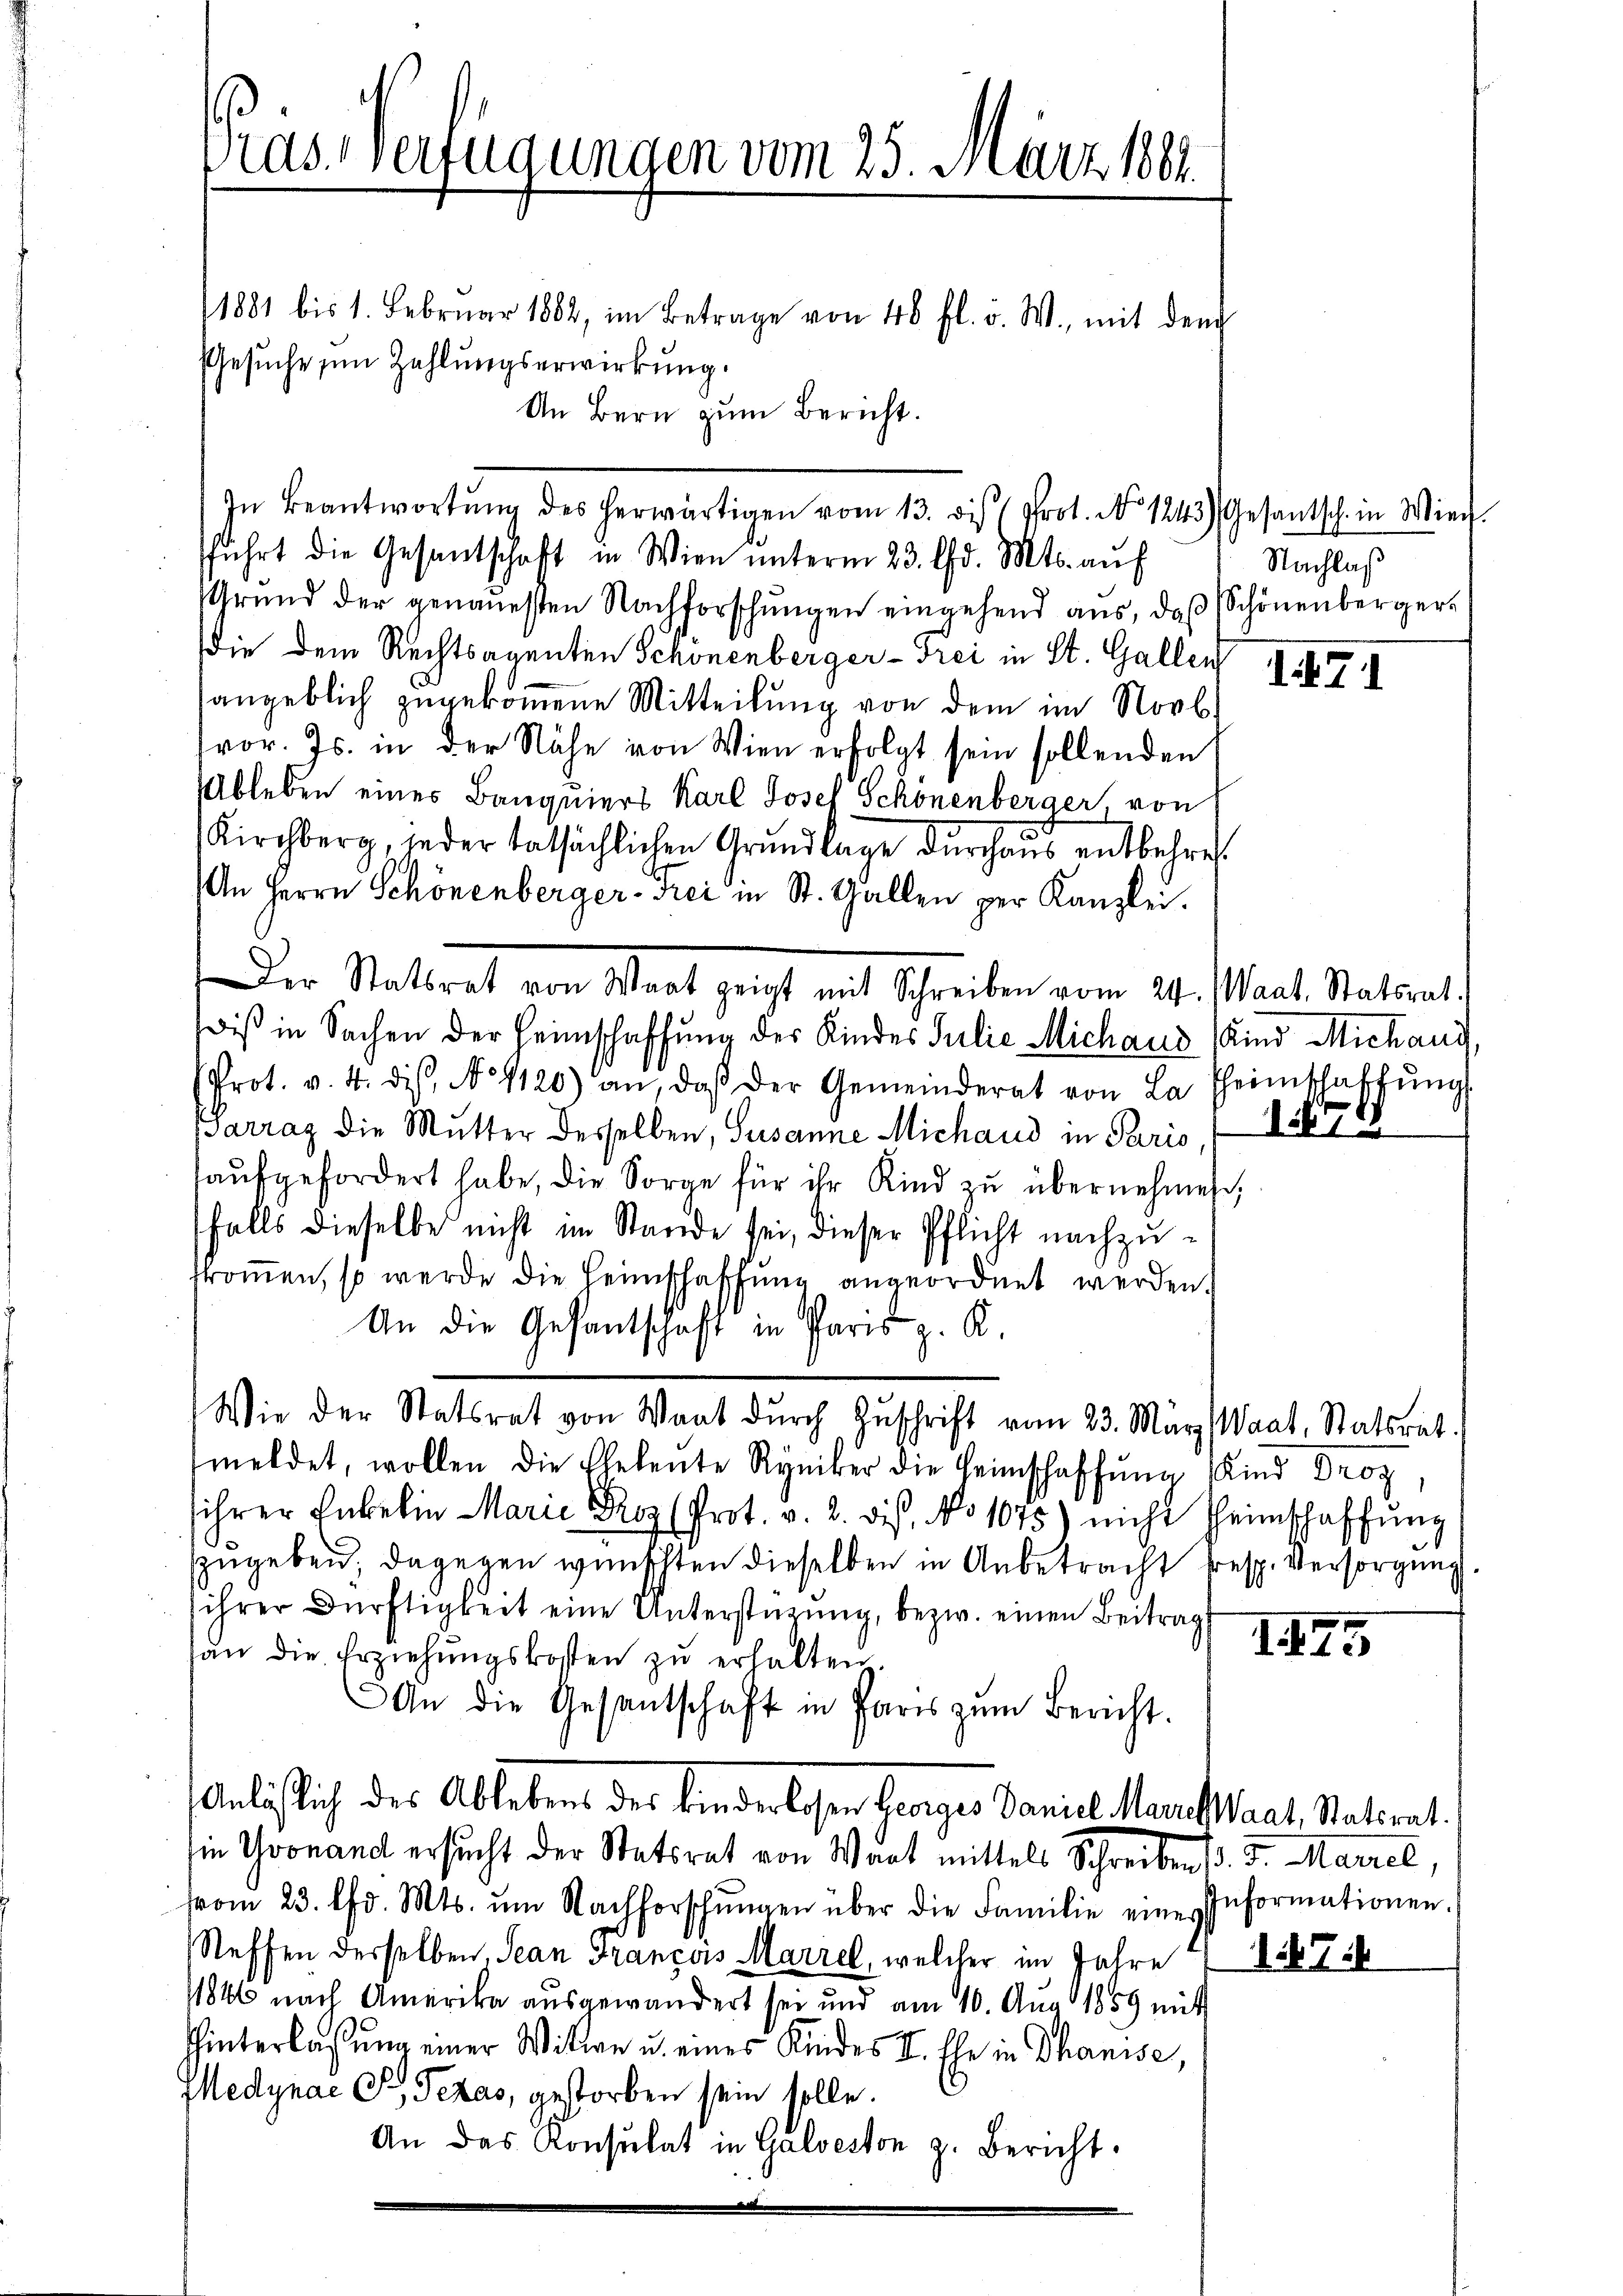
Ords Verfügungen vom 23. März 1881

1881 bis 1. Febrŭar 1882, im Betrage von 40 fl. v. W., mit den
Gesuche in Zahlungserwirkung.
An Bern zum Bericht.
In Beantwortŭng des herwärtigen vom 13. des Prot. No 1243) Gesantsch in Wied
fführt die Gesantschaft in Wien ŭnterm 23. d. Mts. aŭf
Grŭnd der genauesten Nachforschŭngen eingehend ans, daβ Schönenberger-
die dem Rechtsagenten Schönenberger-Frei in St. Gallen
angeblich zugekommene Mitteilung von dem im Novb.
vor. Js. in der Nähe von Wien erfolgt sein sollenden
Ableben eines Banquiers Karl Josef Schönenberger, von
Kirchberg, jeder tatsächlichen Grundlage durchaus entbehre
An Herrn Schönenberger-Frei in St. Gallen per Kanzlei.
Der Stattrat von Staat geist mit Schreiben vom 24. Mart. Statsrat
diß in Sachen der Heimschaffung der Kindes Julie Michaus (Kind Michani,
(Prot. v. 4. diβ, No 1120) an, daβ der Gemeinderat von La Theimschaffŭng
Barraz die Mutter desselben, Susanne Michaud in Paris
haŭfgefordert habe, die Sorge für ihr Kind zŭ übernehmen;
falls dieselbe nicht im Stande sei, dieser Pflicht nachzufkommen, so werde die Heimschaffung angeordnet werden.
An die Gesantschaft in Paris z. B.
Wie der Statsrat von Waat dŭrch Zŭschrift vom 23. März (Waat, Statsrat.
meldet, wollen die Eheleute Ryniker die Heimschaffung Kind Droz,
sihrer Enkelin Marie Proz (Prot. v. 2. dis, No 1075) nicht Heimschaffŭng
szugeben, dagegen wünschten dieselben in Anbetracht resp. Versorgung
ihrer Dürftigkeit eine Unterstützŭng, bezw. einen Beitrag
han die Erziehungskosten zu erhalten.
An die Gesantschaft in Paris zŭm Bericht.
Anläßlich des Ablebens des binderlosen Georges Daniel Marielsaat, Statirat.
in Yvonand ersucht der Statsrat von Wart mittels Schreiben d. d. Mairel,
vom 23. d. Mts. um Nachforschŭngen über die Familie eine Informationen.
Steffen derselben, Jean Franzers Marzel, welcher im Jahre 7
1846 nach Amerika ausgewandert sei und am 10. Aug. 1859 mit
hinterlassung einer Witte u. eines Kindes II. Ehe in Thanise,
Medynae C. Pezas, gestorben sein solle.
An das Konsulat in Galveston z. Bericht.

Nachlaß

171

17

I 177